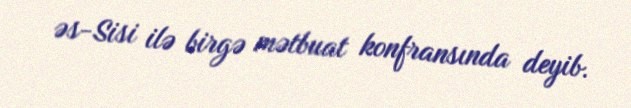
əs-Sisi ilə birgə mətbuat konfransında deyib.